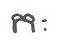
កៈ